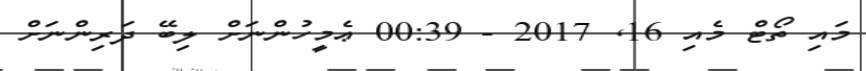
މައި ތޯޓް މެއި 16